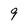
Character: 9